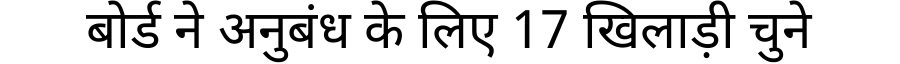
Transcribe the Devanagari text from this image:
बोर्ड ने अनुबंध के लिए 17 खिलाड़ी चुने